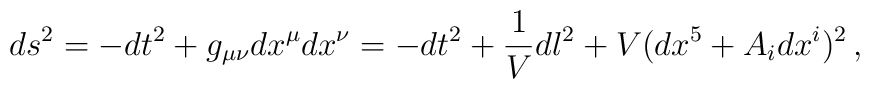
ds^{2}=-dt^{2}+g_{\mu\nu}dx^{\mu}dx^{\nu}=-dt^{2}+\frac{1}{V}dl^{2}+V(dx^{5}+A_{i}dx^{i})^{2}\,,